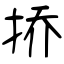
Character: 挢